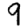
Digit: 9